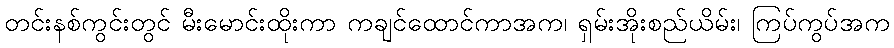
တင်းနစ်ကွင်းတွင် မီးမောင်းထိုးကာ ကချင်ထောင်ကာအက၊ ရှမ်းအိုးစည်ယိမ်း၊ ကြပ်ကွပ်အက